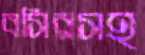
বসিরসহ